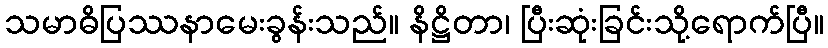
သမာဓိပြဿနာမေးခွန်းသည်။ နိဋ္ဌိတာ၊ ပြီးဆုံးခြင်းသို့ရောက်ပြီ။